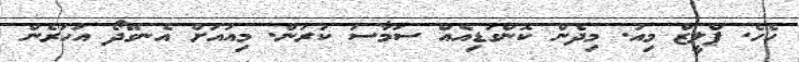
ހެހެ. ޕްލީޒް މިއު. މިދެން ކޮންގަޑިއެއް ސަމާސަ ކުރަން. މިއުއަށް އެނގޭދޯ އަހަރެން